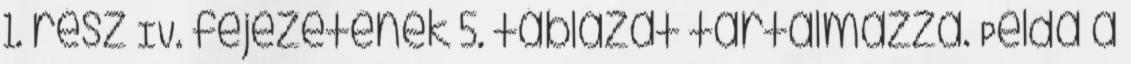
1. rész IV. fejezetének 5. táblázat tartalmazza. Példa a